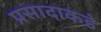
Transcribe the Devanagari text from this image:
प्रसादाकडे